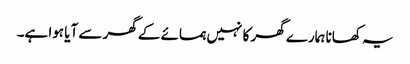
یہ کھانا ہمارے گھر کا نہیں ہمسائے کے گھر سے آیا ہوا ہے۔